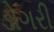
ડોગરી